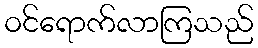
ဝင်ရောက်လာကြသည်